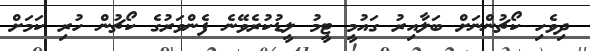
ދިވެހި ކޯޗުންނަށް ބަލާއިރު ގައުމީ ޓީމު ލީޑުކުރެވޭނެ ފެންވަރުގެ ކޯޗުން ހުރި ކަމަށް